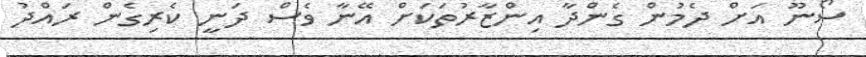
ސޯނޫ އަށް ދެމުން ގެންދާ އިންޒާރުތަކަށް އޭނާ ވެސް ދަނީ ކެރިގެން ރައްދު